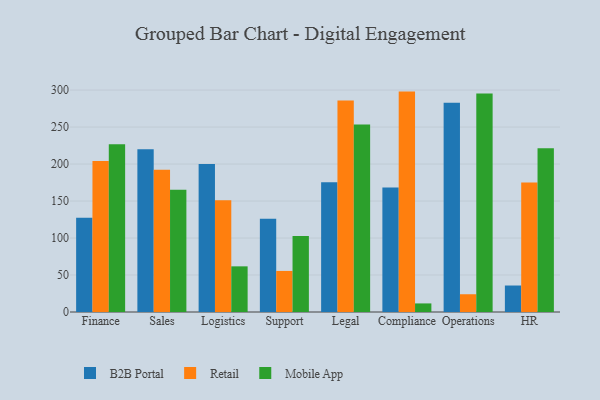
{"axis": {"x": "Department", "y": "Population (Million)"}, "legend": ["B2B Portal", "Mobile App", "Retail"], "data": [{"x": "Finance", "y": 127.3, "type": "B2B Portal"}, {"x": "Finance", "y": 204.1, "type": "Retail"}, {"x": "Finance", "y": 226.7, "type": "Mobile App"}, {"x": "Sales", "y": 220.1, "type": "B2B Portal"}, {"x": "Sales", "y": 192.2, "type": "Retail"}, {"x": "Sales", "y": 165.4, "type": "Mobile App"}, {"x": "Logistics", "y": 200.2, "type": "B2B Portal"}, {"x": "Logistics", "y": 150.9, "type": "Retail"}, {"x": "Logistics", "y": 61.7, "type": "Mobile App"}, {"x": "Support", "y": 126.0, "type": "B2B Portal"}, {"x": "Support", "y": 55.5, "type": "Retail"}, {"x": "Support", "y": 102.8, "type": "Mobile App"}, {"x": "Legal", "y": 175.3, "type": "B2B Portal"}, {"x": "Legal", "y": 285.8, "type": "Retail"}, {"x": "Legal", "y": 253.4, "type": "Mobile App"}, {"x": "Compliance", "y": 168.3, "type": "B2B Portal"}, {"x": "Compliance", "y": 297.9, "type": "Retail"}, {"x": "Compliance", "y": 11.6, "type": "Mobile App"}, {"x": "Operations", "y": 282.8, "type": "B2B Portal"}, {"x": "Operations", "y": 24.0, "type": "Retail"}, {"x": "Operations", "y": 295.2, "type": "Mobile App"}, {"x": "HR", "y": 35.8, "type": "B2B Portal"}, {"x": "HR", "y": 174.9, "type": "Retail"}, {"x": "HR", "y": 221.3, "type": "Mobile App"}]}